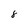
Character: 8